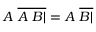
A \ { \overline { { A \ B | } } } = A \ { \overline { { B | } } }